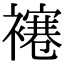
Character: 𧝱